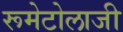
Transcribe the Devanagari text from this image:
रूमेटोलाजी